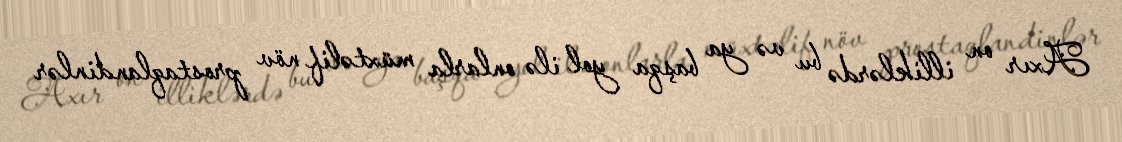
Axır on illiklərdə bu və ya başqa yol ilə onlarla müxtəlif növ prostaqlandinlər